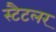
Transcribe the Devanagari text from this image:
स्टैटलर